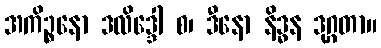
အကိဉ္စနော ဒလိဒ္ဒေါ စ၊ ဒီနော နိဒ္ဓန ဒုဂ္ဂတာ။